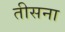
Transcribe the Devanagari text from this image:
तीसना